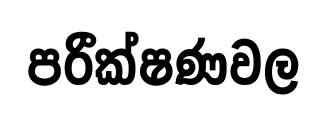
පරීක්ෂණවල